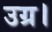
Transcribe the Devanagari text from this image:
उग्र।